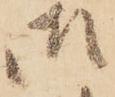
御